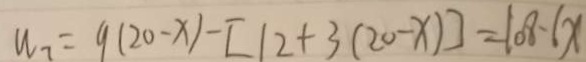
W _ { 7 } = 9 ( 2 0 - x ) - [ 1 2 + 3 ( 2 0 - x ) ] = 1 0 8 \cdot 6 x